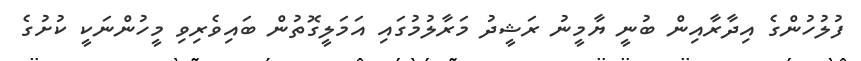
ފުލުހުންގެ އިދާރާއިން ބުނީ ޔާމީނު ރަޝީދު މަރާލުމުގައި އަމަލީގޮތުން ބައިވެރިވި މީހުންނަކީ ކުށުގެ